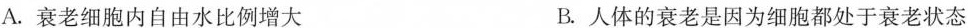
A.衰老细胞内自由水比例增大 B.人体的衰老是因为细胞都处于衰老状态